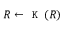
R \leftarrow \texttt { K } ( R )